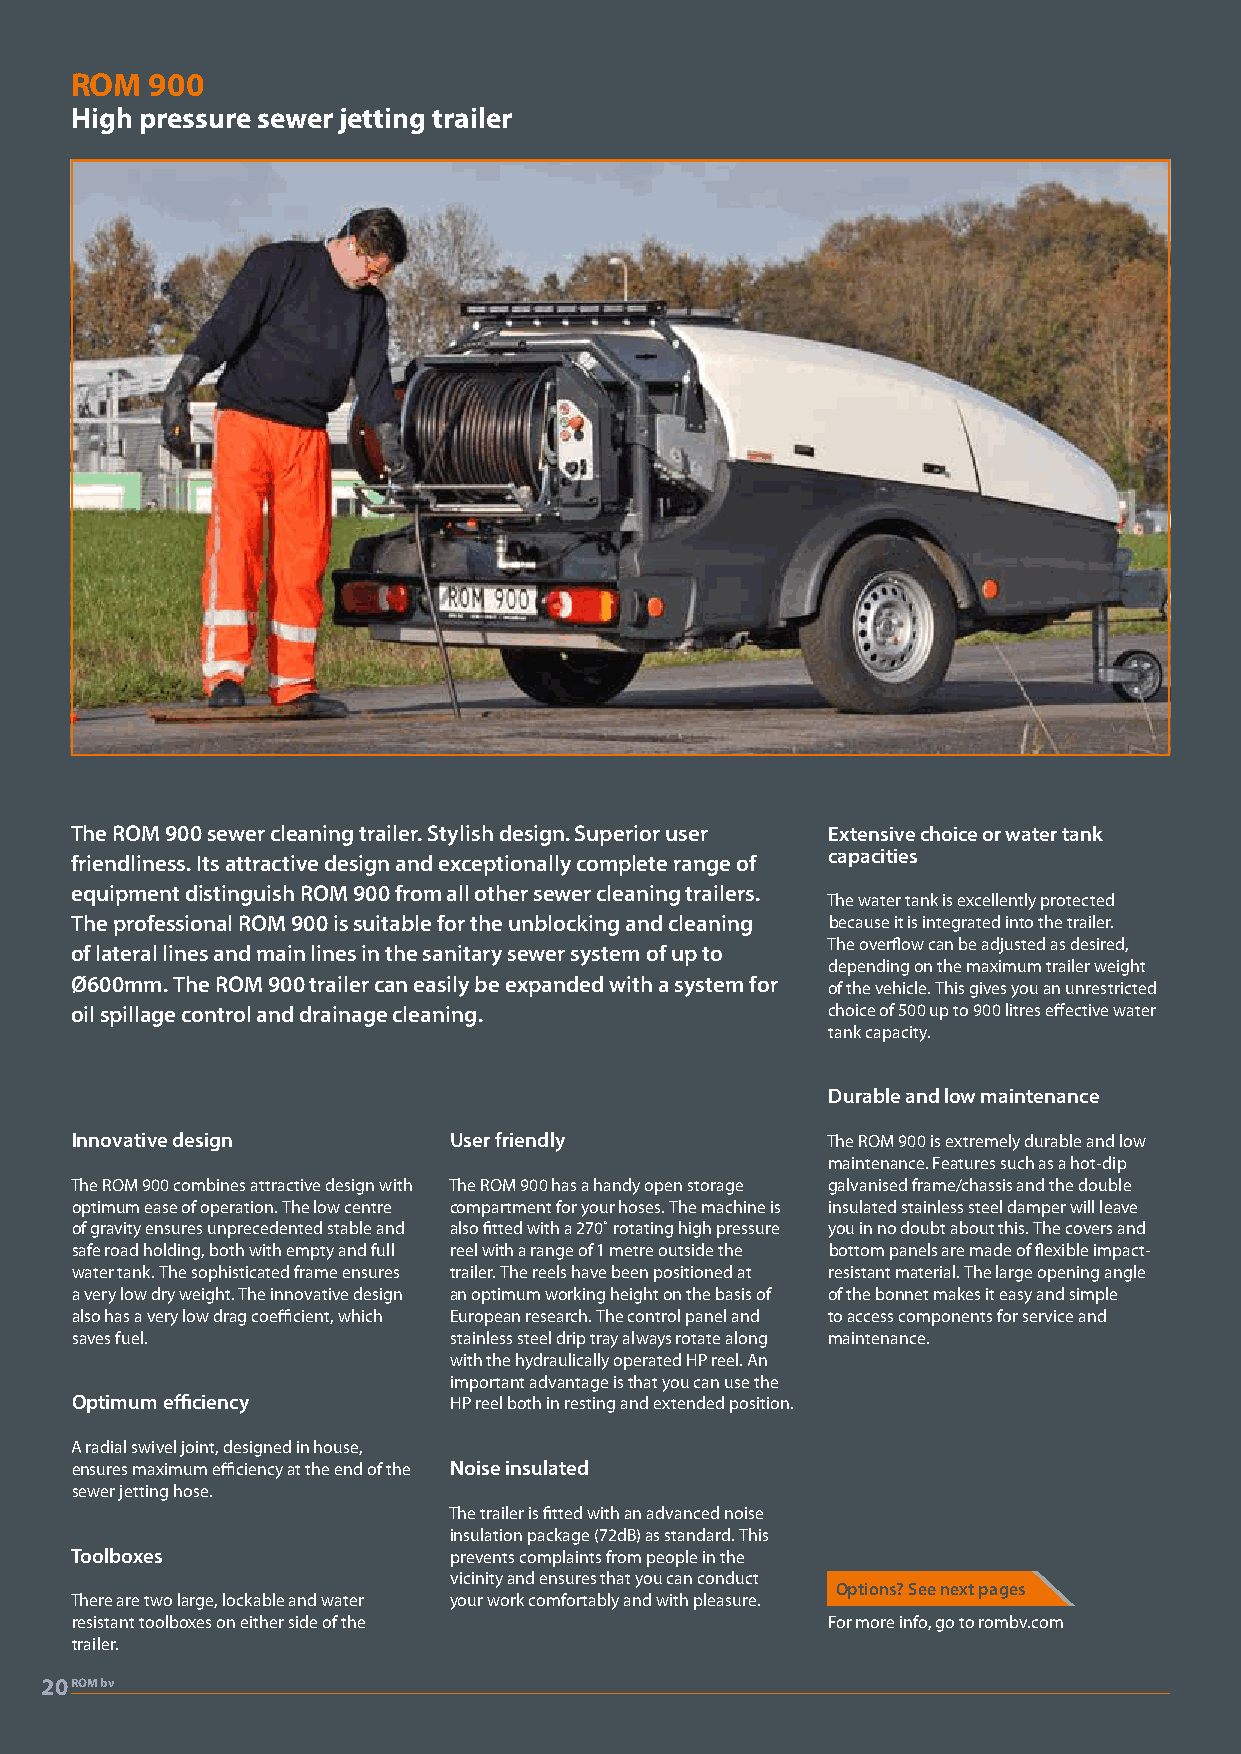
ROM  900
 High pressure sewer jetting trailer
 The ROM 900 sewer cleaning trailer. Stylish design. Superior user Extensive choice or water tank
 capacities
 friendliness. Its attractive design and exceptionally complete range of
 equipment distinguish ROM 900 from all other sewer cleaning trailers.
 The water tank is excellently protected
 The professional ROM 900 is suitable for the unblocking and cleaning because it is integrated into the trailer.
 The overflow can be adjusted as desired,
 of lateral lines and main lines in the sanitary sewer system of up to
 depending on the maximum trailer weight
 Ø600mm. The ROM 900 trailer can easily be expanded with a system for of the vehicle. This gives you an unrestricted
 oil spillage control and drainage cleaning.       choice of 500 up to 900 litres effective water
 tank capacity.
 Durable and low maintenance
 Innovative design        User friendly            The ROM 900 is extremely durable and low
 maintenance. Features such as a hot-dip
 The ROM 900 combines attractive design with The ROM 900 has a handy open storage galvanised frame/chassis and the double
 optimum ease of operation. The low centre compartment for your hoses. The machine is insulated stainless steel damper will leave
 of gravity ensures unprecedented stable and also fitted with a 270˚ rotating high pressure you in no doubt about this. The covers and
 safe road holding, both with empty and full reel with a range of 1 metre outside the bottom panels are made of flexible impact-
 water tank. The sophisticated frame ensures trailer. The reels have been positioned at resistant material. The large opening angle
 a very low dry weight. The innovative design an optimum working height on the basis of of the bonnet makes it easy and simple
 also has a very low drag coefficient, which European research. The control panel and to access components for service and
 saves fuel.              stainless steel drip tray always rotate along maintenance.
 with the hydraulically operated HP reel. An
 important advantage is that you can use the
 Optimum efficiency       HP reel both in resting and extended position.
 A radial swivel joint, designed in house,
 ensures maximum efficiency at the end of the Noise insulated
 sewer jetting hose.
 The trailer is fitted with an advanced noise
 insulation package (72dB) as standard. This
 Toolboxes                prevents complaints from people in the
 vicinity and ensures that you can conduct
 Options? See next pages
 There are two large, lockable and water your work comfortably and with pleasure.
 resistant toolboxes on either side of the         For more info, go to rombv.com
 trailer.
 20ROM bv